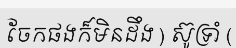
ចែកផងក៏មិនដឹង ) ស៊ូទ្រាំ (